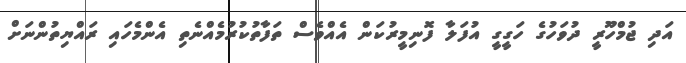
އަދި ޖުމްހޫރީ ދުވަހުގެ ހަގީގީ އުފަލާ ފޮނިމީރުކަން އެއްވެސް ތަފާތުކުރުމެއްނެތި އެންމެހައި ރައްޔިތުންނަށް